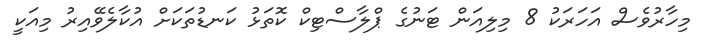
މިހާރުވެސް އަހަރަކު 8 މިލިއަން ޓަނުގެ ޕްލާސްޓިކް ކޮތަޅު ކަނޑުތަކަށް އުކާލެވޭއިރު މިއަކީ